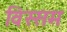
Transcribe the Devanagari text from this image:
विस्सम